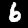
Label: 6